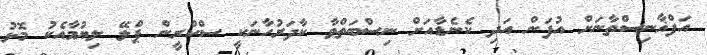
އަފްޣާނިސްތާނަށް އުފަން އަދި ކެނެޑާއަށް ނިސްބަތްވާ ކާދަރުހާނަކީ ސްކްރީން ޕްލޭ ލިޔުމާއެކު މޮޅު